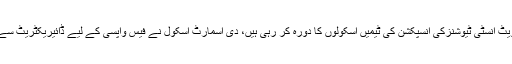
ڈائیریکٹریٹ پرائیویٹ انسٹی ٹیوشنزکی انسپکشن کی ٹیمیں اسکولوں کا دورہ کر رہی ہیں، دی اسمارٹ اسکول نے فیس واپسی کے لیے ڈائیریکٹریٹ سے رجوع کر لیا ہے۔